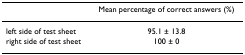
<table><thead><tr><td></td><td><b>Mean percentage of correct answers (%)</b></td></tr></thead><tbody><tr><td>left side of test sheet</td><td>95.1 ± 13.8</td></tr><tr><td>right side of test sheet</td><td>100 ± 0</td></tr></tbody></table>